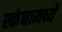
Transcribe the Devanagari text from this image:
स्कंधामध्ये